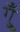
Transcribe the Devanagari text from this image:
गुँ